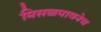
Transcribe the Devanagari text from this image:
मिसळपावनेच